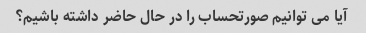
آیا می توانیم صورتحساب را در حال حاضر داشته باشیم؟